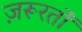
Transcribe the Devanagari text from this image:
ज़रूरतोँ